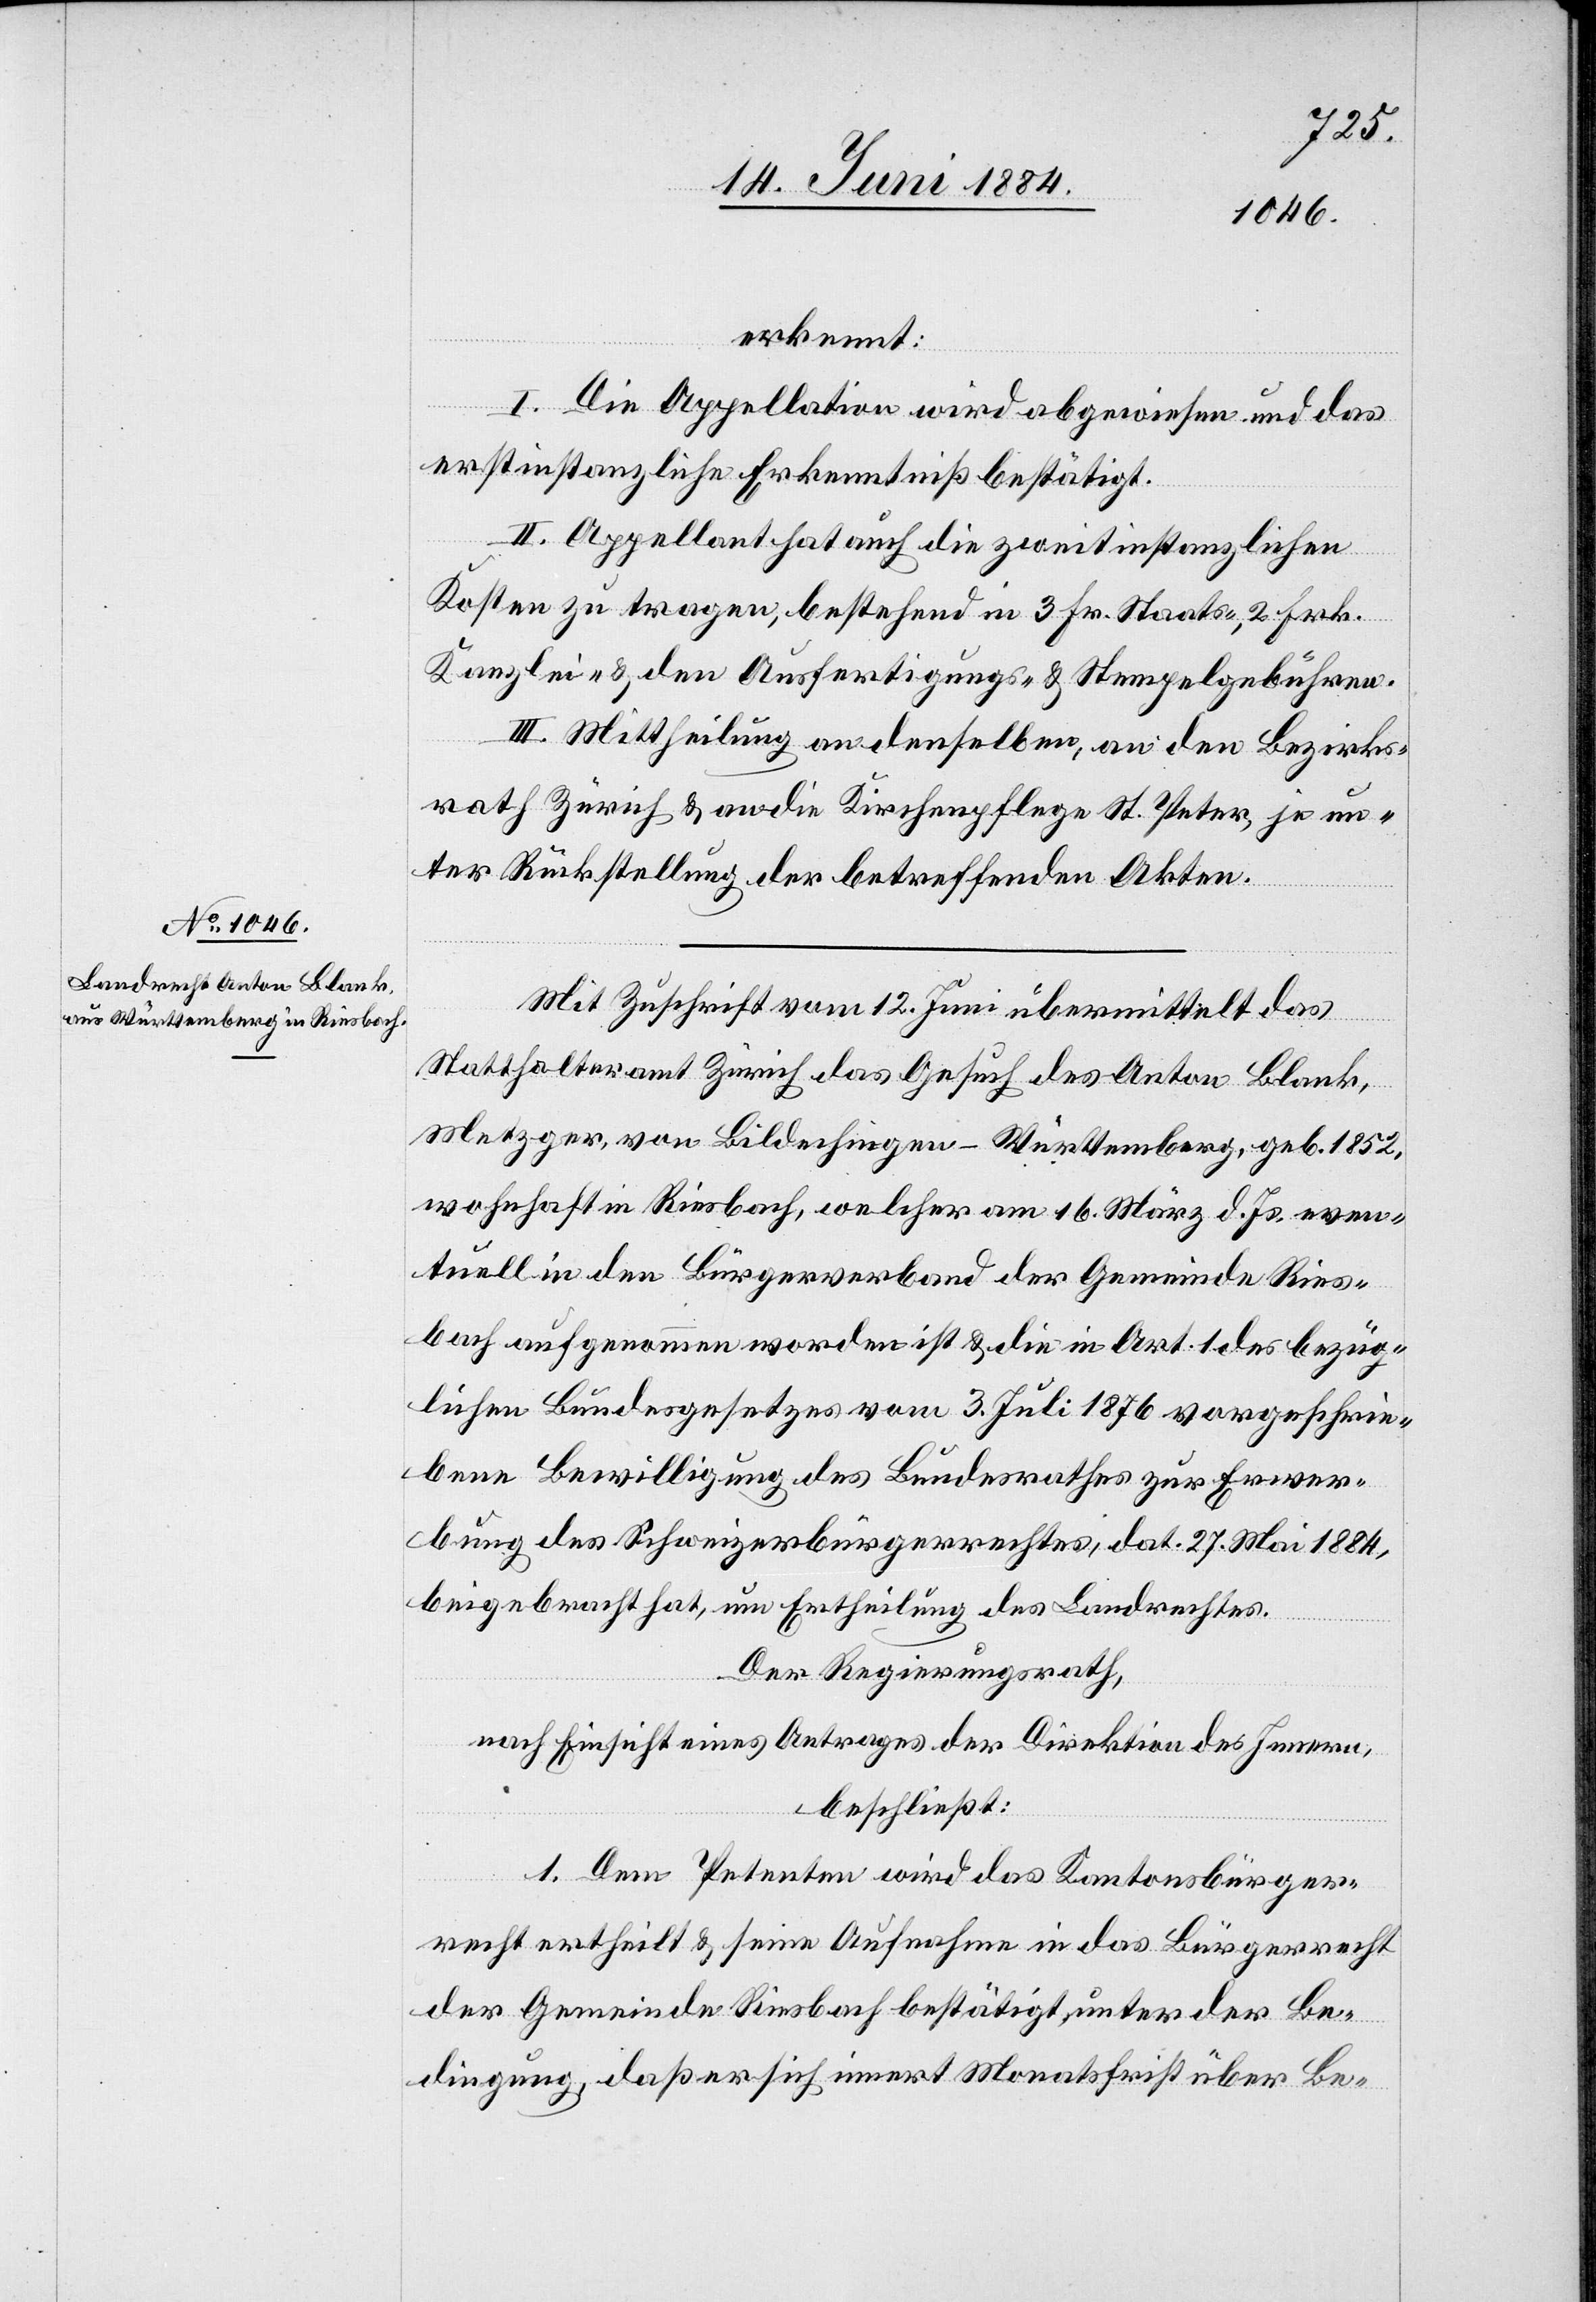
erkennt:
I. Die Appellation wird abgewiesen und das
erstinstanzliche Erkenntniß bestätigt.
II. Appellant hat auch die zweitinstanzlichen
Kosten zu tragen, bestehend in 3 Fr. Staats-, 2 Fr.
Kanzlei- & den Ausfertigungs- & Stempelgebühren.
III. Mittheilung an denselben, an den Bezirks¬
rath Zürich & an die Kirchenpflege St. Peter, je un¬
ter Rückstellung der betreffenden Akten.
Mit Zuschrift vom 12. Juni übermittelt das
Statthalteramt Zürich das Gesuch des Anton Blank,
Metzger, von Bildechingen - Württemberg, geb. 1852,
wohnhaft in Riesbach, welcher am 16. März d. Js. even¬
tuell in den Bürgerverband der Gemeinde Ries¬
bach aufgenommen worden ist & die in Art. 1 des bezüg¬
lichen Bundesgesetzes vom 3. Juli 1876 vorgeschrie¬
benen Bewilligung des Bundesrathes zur Erwer¬
bung des Schweizerbürgerrechtes, dat. 27. Mai 1884,
beigebracht hat, um Ertheilung des Landrechtes.
Der Regierungsrath,
nach Einsicht eines Antrages der Direktion des Innern,
beschließt:
1. Dem Petenten wird das Kantonsbürger¬
recht ertheilt & seine Aufnahme in das Bürgerrecht
der Gemeinde Riesbach bestätigt, unter der Be¬
dingung, daß er sich innert Monatsfrist über Be-